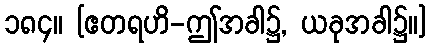
၁၈၄။ [ဧတရဟိ-ဤအခါ၌, ယခုအခါ၌။]